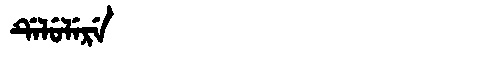
Manchu: ᡩᡝᠯᡠᠯᡝᡵᡝ
Romanization: DELULERE